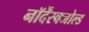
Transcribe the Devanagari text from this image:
नॉर्देंस्क्जोल्ड